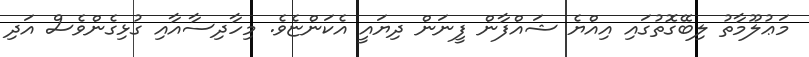
މަޢުލޫމާތު ލިބޭގޮތުގައި އިއްޔެ ޝައްފާން ފީނަން ދިޔައީ އެކަންޏެވެ. މިހާދިސާއާއި ގުޅިގެންވެސް އަދި